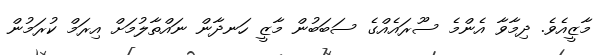
މާޒީއެވެ. ދިމާވާ އެންމެ ސޫރައެއްގެ ސަބަބުން މާޒީ ހަނދާން ނައްތާލުމަށް އިރަމް ކުރަމުން